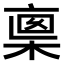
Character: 𠅺